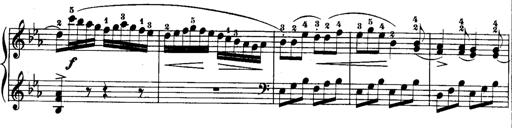
Title: Rondos and Sonatinas for Pianoforte
Composer: Daniel Steibelt